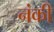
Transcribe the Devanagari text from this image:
नंकी